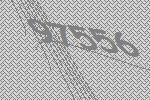
97556